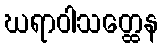
ဃရာဝါသတ္ထေန